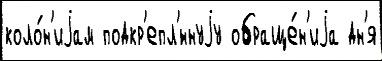
коло́н'иjам подкр'епл'́ннуjу обраще́н'иjа дн'я